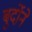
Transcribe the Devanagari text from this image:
बुर्दोने